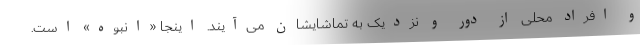
و افراد محلی از دور و نزدیک به تماشایشان می‌آیند. اینجا «انبوه» است.